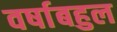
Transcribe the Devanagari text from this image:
वर्षाबहुल